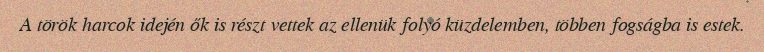
A török harcok idején ők is részt vettek az ellenük folyó küzdelemben, többen fogságba is estek.